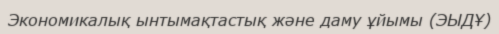
Экономикалық ынтымақтастық және даму ұйымы (ЭЫДҰ)